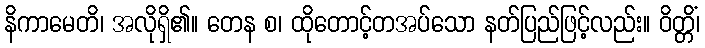
နိကာမေတိ၊ အလိုရှိ၏။ တေန စ၊ ထိုတောင့်တအပ်သော နတ်ပြည်ဖြင့်လည်း။ ဝိတ္တိံ၊